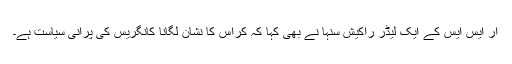
آر ایس ایس کے ایک لیڈر راکیش سنہا نے بھی کہا کہ کراس کا نشان لگانا کانگریس کی پرانی سیاست ہے۔